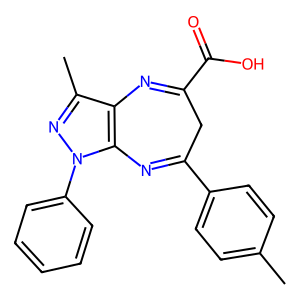
SMILES: Cc1ccc(C2=Nc3c(c(C)nn3-c3ccccc3)N=C(C(=O)O)C2)cc1
Inhibits HIV replication: No